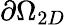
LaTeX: \partial\Omega_{2D}